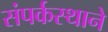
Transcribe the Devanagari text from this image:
संपर्कस्थाने